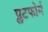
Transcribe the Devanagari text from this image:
प्लटफोर्म